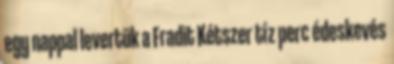
egy nappal levertük a Fradit Kétszer tíz perc édeskevés